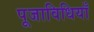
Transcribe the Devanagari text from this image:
पूजाविधियाँ